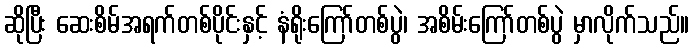
ဆိုပြီး ဆေးစိမ်အရက်တစ်ပိုင်းနှင့် နံရိုးကြော်တစ်ပွဲ၊ အစိမ်းကြော်တစ်ပွဲ မှာလိုက်သည်။